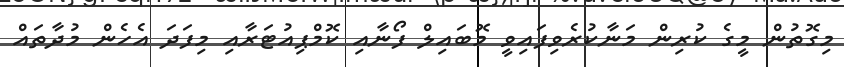
މިގޮތުން މީގެ ކުރިން މަނާކުރެވިފައިވީ މޮބައިލް ފޯނާއި ކޮމްޕިއުޓަރާއި މިފަދަ އެހެން މުދާތައް